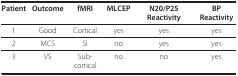
| Patient | Outcome | fMRI | MLCEP | N20/P25 Reactivity | BP Reactivity |
 | --- | --- | --- | --- | --- | --- |
 | 1 | Good | Cortical | yes | yes | yes |
 | 2 | MCS | SI | no | yes | yes |
 | 3 | VS | Sub-cortical | no | no | yes |